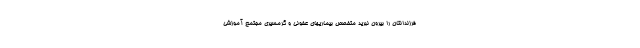
فرزندانتان را بیرون نبرید متخصص بیماریهای عفونی و گرمسیری مجتمع آموزشی